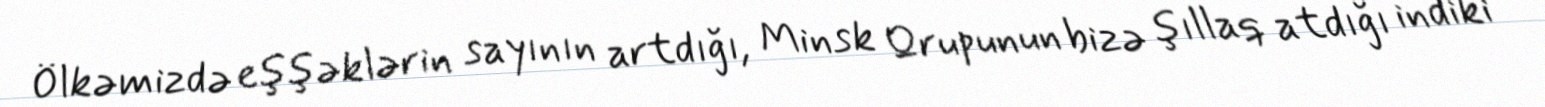
Ölkəmizdə eşşəklərin sayının artdığı, Minsk Qrupunun bizə şıllaq atdığı indiki